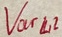
Text: Varl2